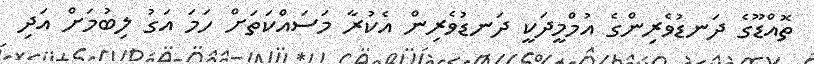
ތޮއްޑޫގެ ދަނޑުވެރިންގެ އުމްމީދަކީ ދަނޑުވެރިން އެކުރާ މަސައްކަތަށް ހަމަ އަގު ލިބުމަށް އަދި